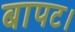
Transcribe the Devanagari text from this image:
बापट।